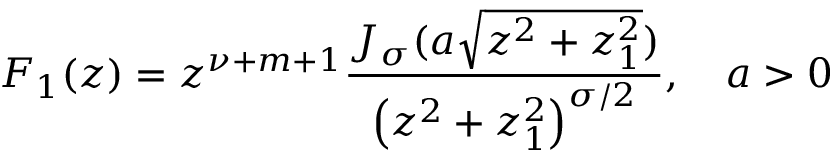
F _ { 1 } ( z ) = z ^ { \nu + m + 1 } \frac { J _ { \sigma } ( a \sqrt { z ^ { 2 } + z _ { 1 } ^ { 2 } } ) } { \left( z ^ { 2 } + z _ { 1 } ^ { 2 } \right) ^ { \sigma / 2 } } , \quad a > 0